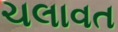
ચલાવત